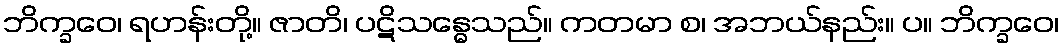
ဘိက္ခဝေ၊ ရဟန်းတို့။ ဇာတိ၊ ပဋိသန္ဓေသည်။ ကတမာ စ၊ အဘယ်နည်း။ ပ။ ဘိက္ခဝေ၊